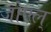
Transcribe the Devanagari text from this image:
जोएल्‌